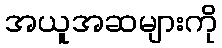
အယူအဆများကို